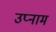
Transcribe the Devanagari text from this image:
उप्नाम